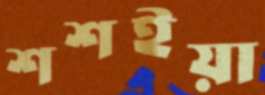
শশইয়া